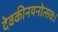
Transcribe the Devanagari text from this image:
देवकीनयनोत्सवः।